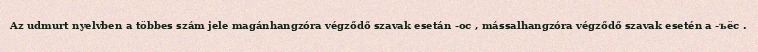
Az udmurt nyelvben a többes szám jele magánhangzóra végződő szavak esetán -ос , mássalhangzóra végződő szavak esetén a -ъёс .